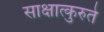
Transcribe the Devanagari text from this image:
साक्षात्कुरुते